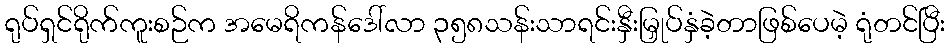
ရုပ်ရှင်ရိုက်ကူးစဉ်က အမေရိကန်ဒေါ်လာ ၃၅၈သန်းသာရင်းနှီးမြှုပ်နှံခဲ့တာဖြစ်ပေမဲ့ ရုံတင်ပြီး